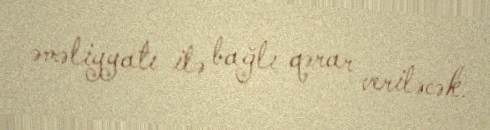
əməliyyatı ilə bağlı qərar veriləcək.